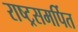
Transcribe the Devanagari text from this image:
राष्ट्रसमर्पित